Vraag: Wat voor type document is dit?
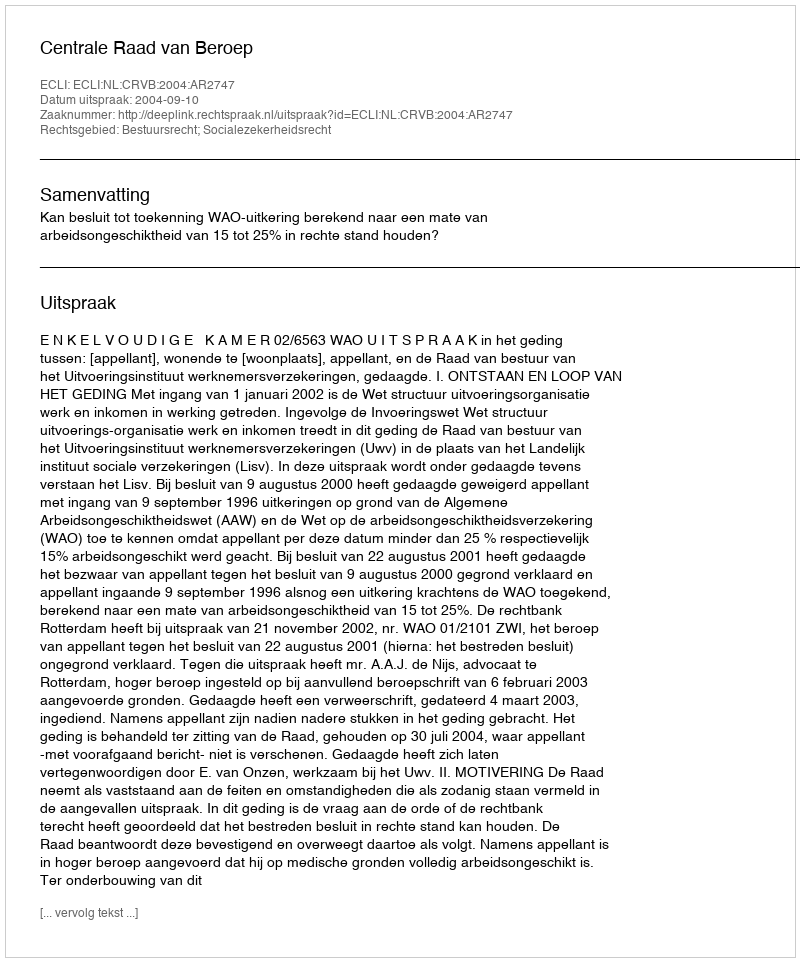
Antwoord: Uitspraak